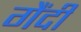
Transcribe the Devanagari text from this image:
गैंदी